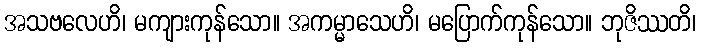
အသဗလေဟိ၊ မကျားကုန်သော။ အကမ္မာသေဟိ၊ မပြောက်ကုန်သော။ ဘုဇိဿတိ၊